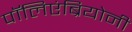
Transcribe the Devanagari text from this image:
पॉलिएंब्रियोनी